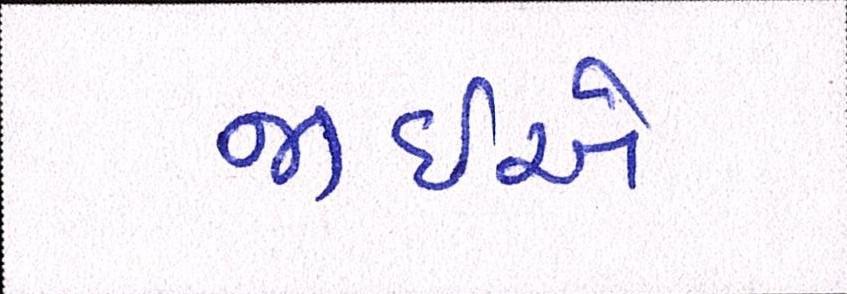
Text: જીઇએ